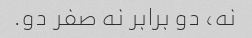
نه، دو برابر نه صفر دو.